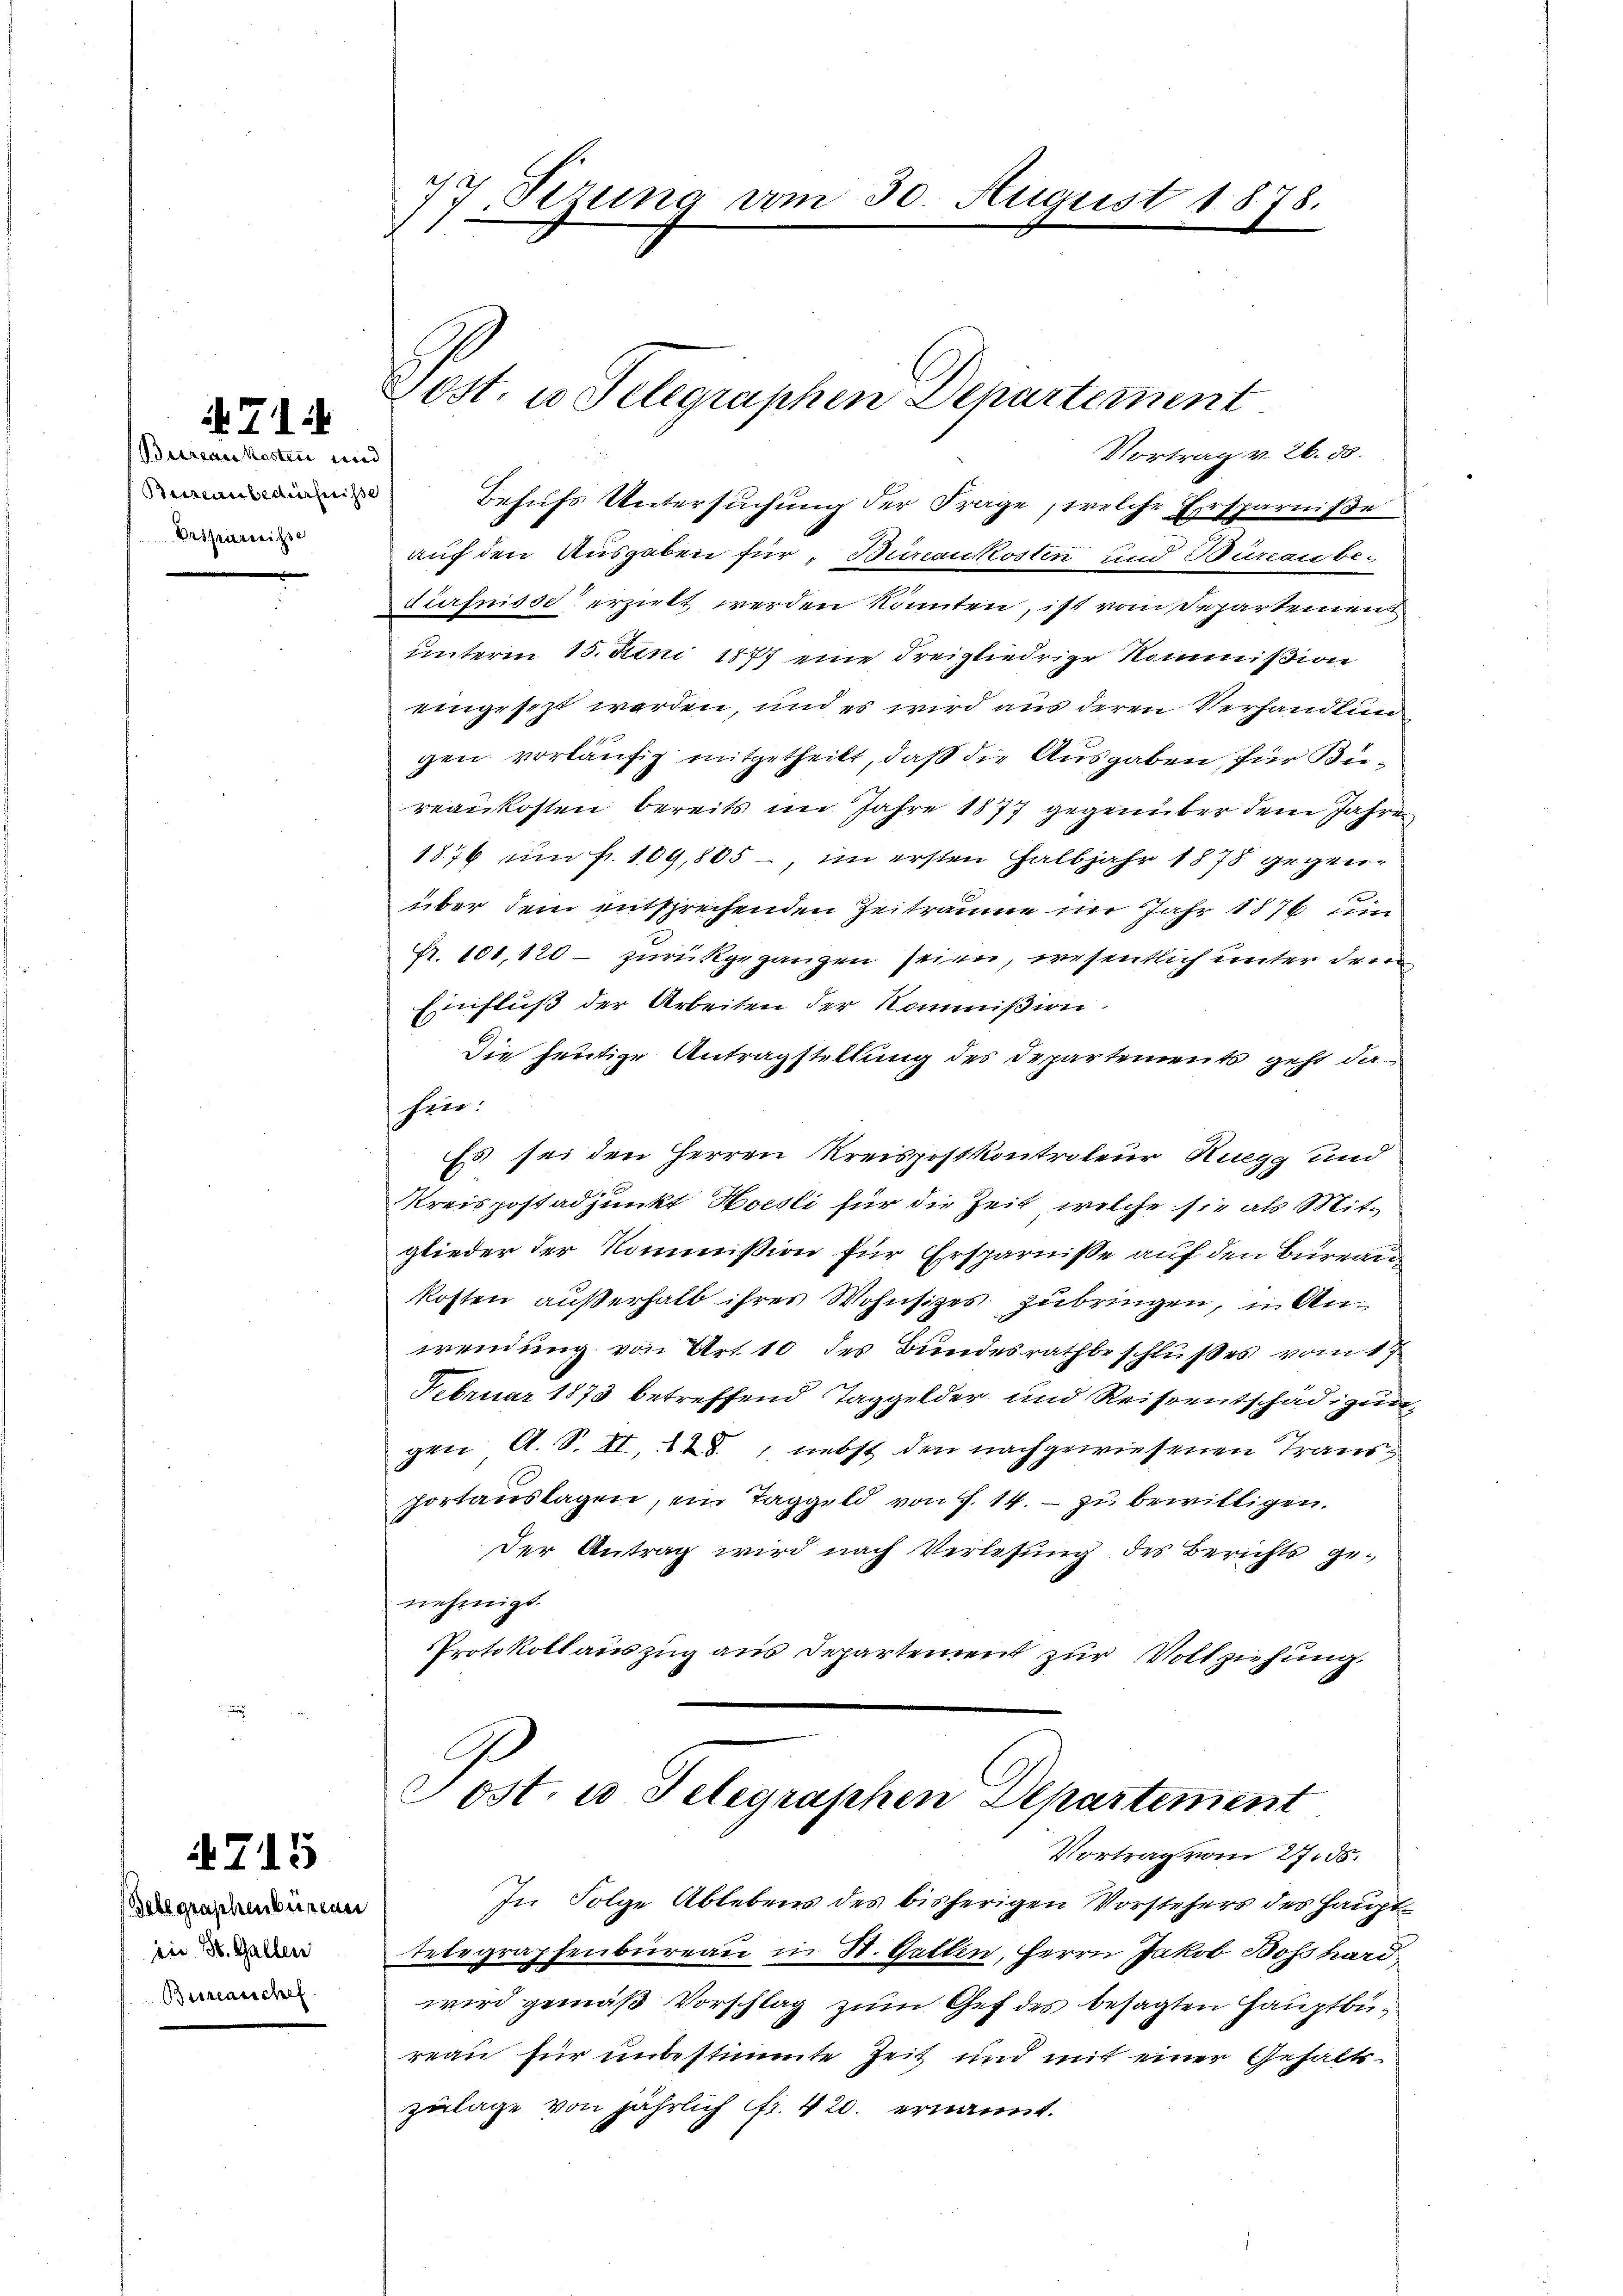
71:

Bureaukosten und
Bureaubedürfnisse
Ertheierenisse

4715

Belegraphenburene
iin St. Gallen
Beszensschef

77. Sezung vom 30. August 1878.

ost. u Telegraphen Departement
Vortrag v. 26. 30.

Behufs Untersuchung der Frage, welche Ersparniße
auf den Ausgaben für Bureaukosten und Büreau bedürfnisse erzielt werden könnten, ist vom Departement
unterm 15. Juni 1877 eine dreigliedrige Kommission
eingesezt werden, und es wird aus deren Verhandlung
gen vorläufig mitgetheilt, daß die Ausgaben, für Büreankosten bereits im Jahre 1877 gegenüber dem Jahre
1876 um fr. 109,805 im ersten Halbjahr 1878 gegenüber dem entsprechenden Zeiträume im Jahr 1876 um
fr. 101, 120 - zurückgegangen seien, wesentlich unter dem
Einfluß der Arbeiten der Kommißion.
Die heutige Antragstellung des Departements geht daheer.
Es sei den Herren Kreispostkontroleur Ruegg und
Kreispostadjunkt Hoesli für die Zeit, welche sie als Mitglieder der Kommission für Ersparnisse auf den Büreau
kosten außerhalb ihres Wohnsizes zubringen, in Anwendung von Art. 10 des Bundesrathbeschlußes vom 17.
Februar 1873 betreffend Taggelder und Reisentschädigungen A. S. II. 148, nebst den nachgewiesenen Transportanslagen, ein Taggeld von F. 14. – zu bewilligen.
Der Antrag wird nach Verlesung des Berichts genehmigt.
Protokollauszug aus Departement zur Vollziehung.
Post. in Telegraphen Departement
Vortrag vom 27. ds.
In Folge Ablebens des bisherigen Vorstehers des Haupt-
telegraphenbüreau in St. Gallen, Herrn Jakob Boßhard
wird gemäß Vorschlag zum Gef des besagten Hauptbureau für unbestimmte Zeit und mit einer Gehaltszulage von jährlich fr. 420. ernannt.